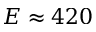
E \approx 4 2 0